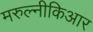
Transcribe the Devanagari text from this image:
मरुल्नीकिआर